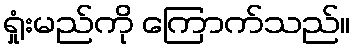
ရှုံးမည်ကို ကြောက်သည်။